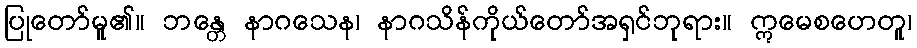
ပြုတော်မူ၏။ ဘန္တေ နာဂသေန၊ နာဂသိန်ကိုယ်တော်အရှင်ဘုရား။ ဣမေစဟေတူ၊